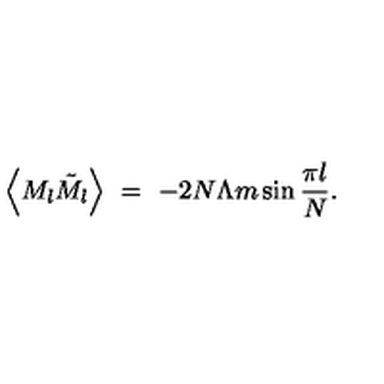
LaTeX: \left\langle M _ { l } \tilde { M } _ { l } \right\rangle \ = \ - 2 N \Lambda m \sin \frac { \pi l } { N } .